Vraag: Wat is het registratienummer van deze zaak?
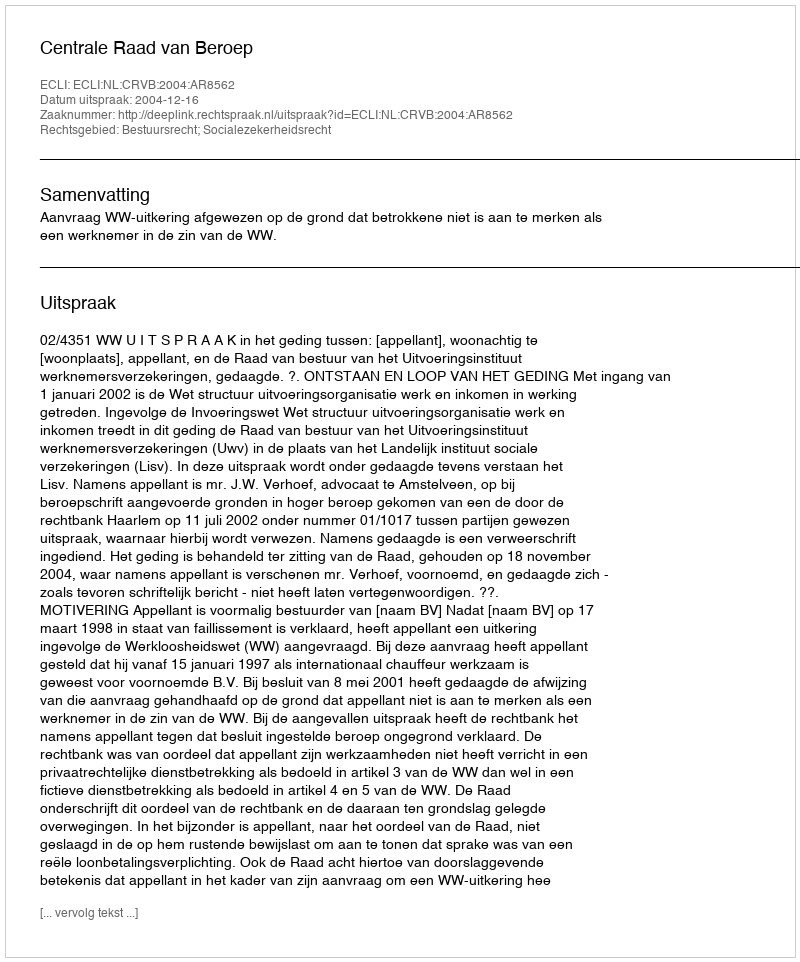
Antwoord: http://deeplink.rechtspraak.nl/uitspraak?id=ECLI:NL:CRVB:2004:AR8562